Vabadussoja_Ajaloo_Komitee, lk 116
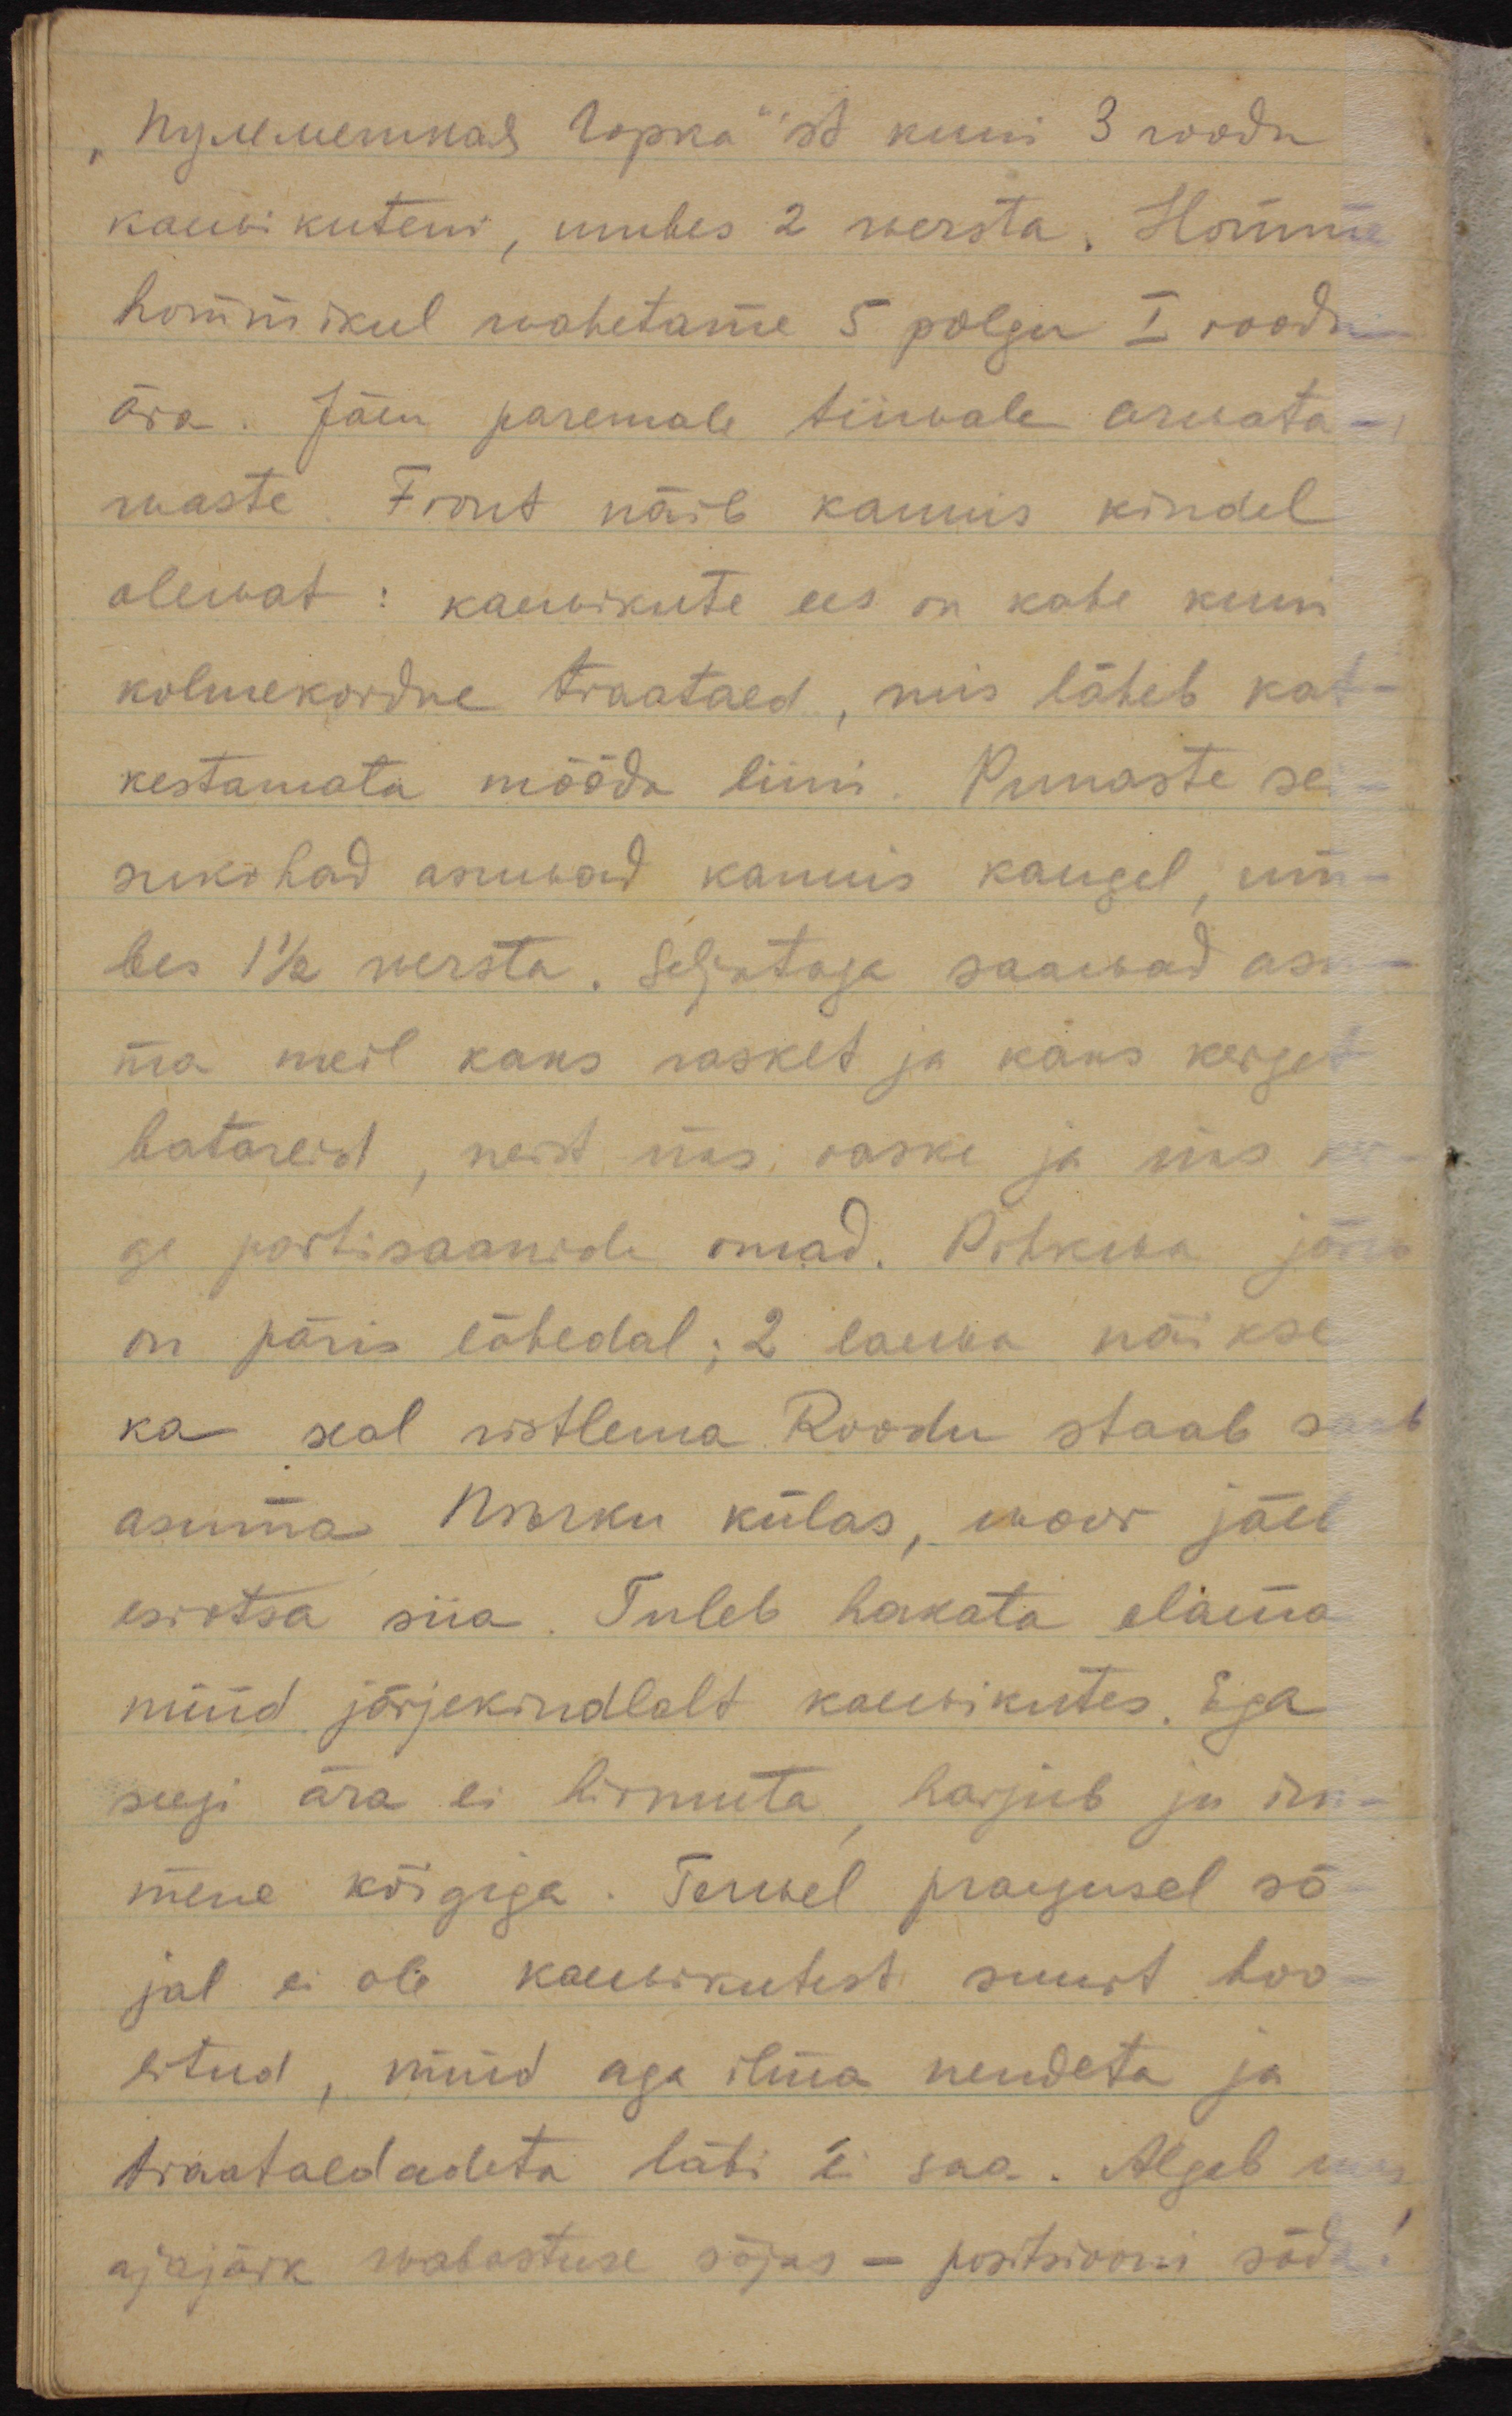
"Пулеметная Горка"'st kuni 3 roodu
kaewikuteni, umbes 2 wersta. Homme
hommikul wahetame 5 polgu I roodu
ära. Jäen paremale tiiwale arwata-
waste. Front näib kaunis kindel
olewat: kaewikute ees on kahe kuni
kolmekordne traataed, mis läheb kat-
kestamata mööda liini. Punaste sei-
sukohad asuwad kaunis kaugel, um-
bes 1 1/2 wersta. Seljataga saawad asu-
ma meil kaks rasket ja kaks kerget
batareid, sest üks raske ja üks ker-
ge partisaanide omad. Pihkwa jõgi
on päris lähedal, 2 laewa näikse
ka seal ristlema. Roodu staab saab
asuma külas, woor jäeb
esiotsa siia. Tuleb hakata elama
nüüd järjekindlalt kaewikutes. Ega
seegi ära ei hirmuta, harjub ju ini-
mene kõigega. Terwel praegusel sõ-
jal ei ole kaewikutest suurt hoo-
litud, nüüd aga ilma nendeta ja
traataedadeta läbi ei saa. Algab uus
ajajärk wabastuse sõjas - positsiooni sõda!